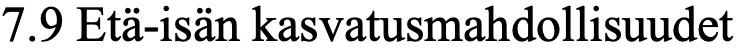
7.9 Etä-isän kasvatusmahdollisuudet